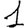
Digit: 1